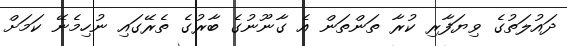
ދައުލަތުގެ ވިޔަފާރި ކުރާ ތަންތަން އެ ގާނޫނުގެ ބާރުގެ ތެރޭގައި ނުހިމެނޭ ކަމަށް